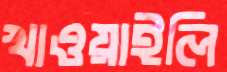
খাওয়াইলি